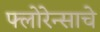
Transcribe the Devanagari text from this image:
फ्लोरेन्साचे